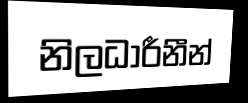
නිලධාරීනීන්